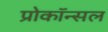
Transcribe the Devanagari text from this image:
प्रोकॉन्सल